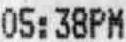
05:38PM